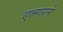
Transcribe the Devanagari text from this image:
एल्गरने